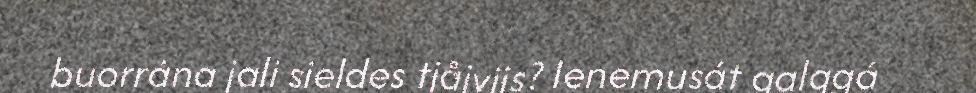
buorrána jali sieldes tjåjvijs? Ienemusát galggá